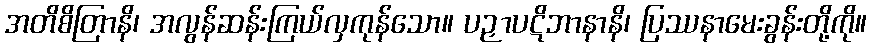
အတိစိတြာနိ၊ အလွန်ဆန်းကြယ်လှကုန်သော။ ပဉှာပဋိဘာနာနိ၊ ပြဿနာမေးခွန်းတို့ကို။